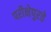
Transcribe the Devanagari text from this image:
परीक्षेपुरते